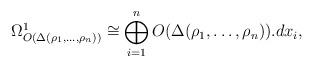
LaTeX: \begin{align*} \Omega^1_{O(\Delta(\rho_1,\ldots,\rho_n) )} \cong \bigoplus_{i=1}^n O(\Delta(\rho_1,\ldots,\rho_n)).dx_i,\end{align*}